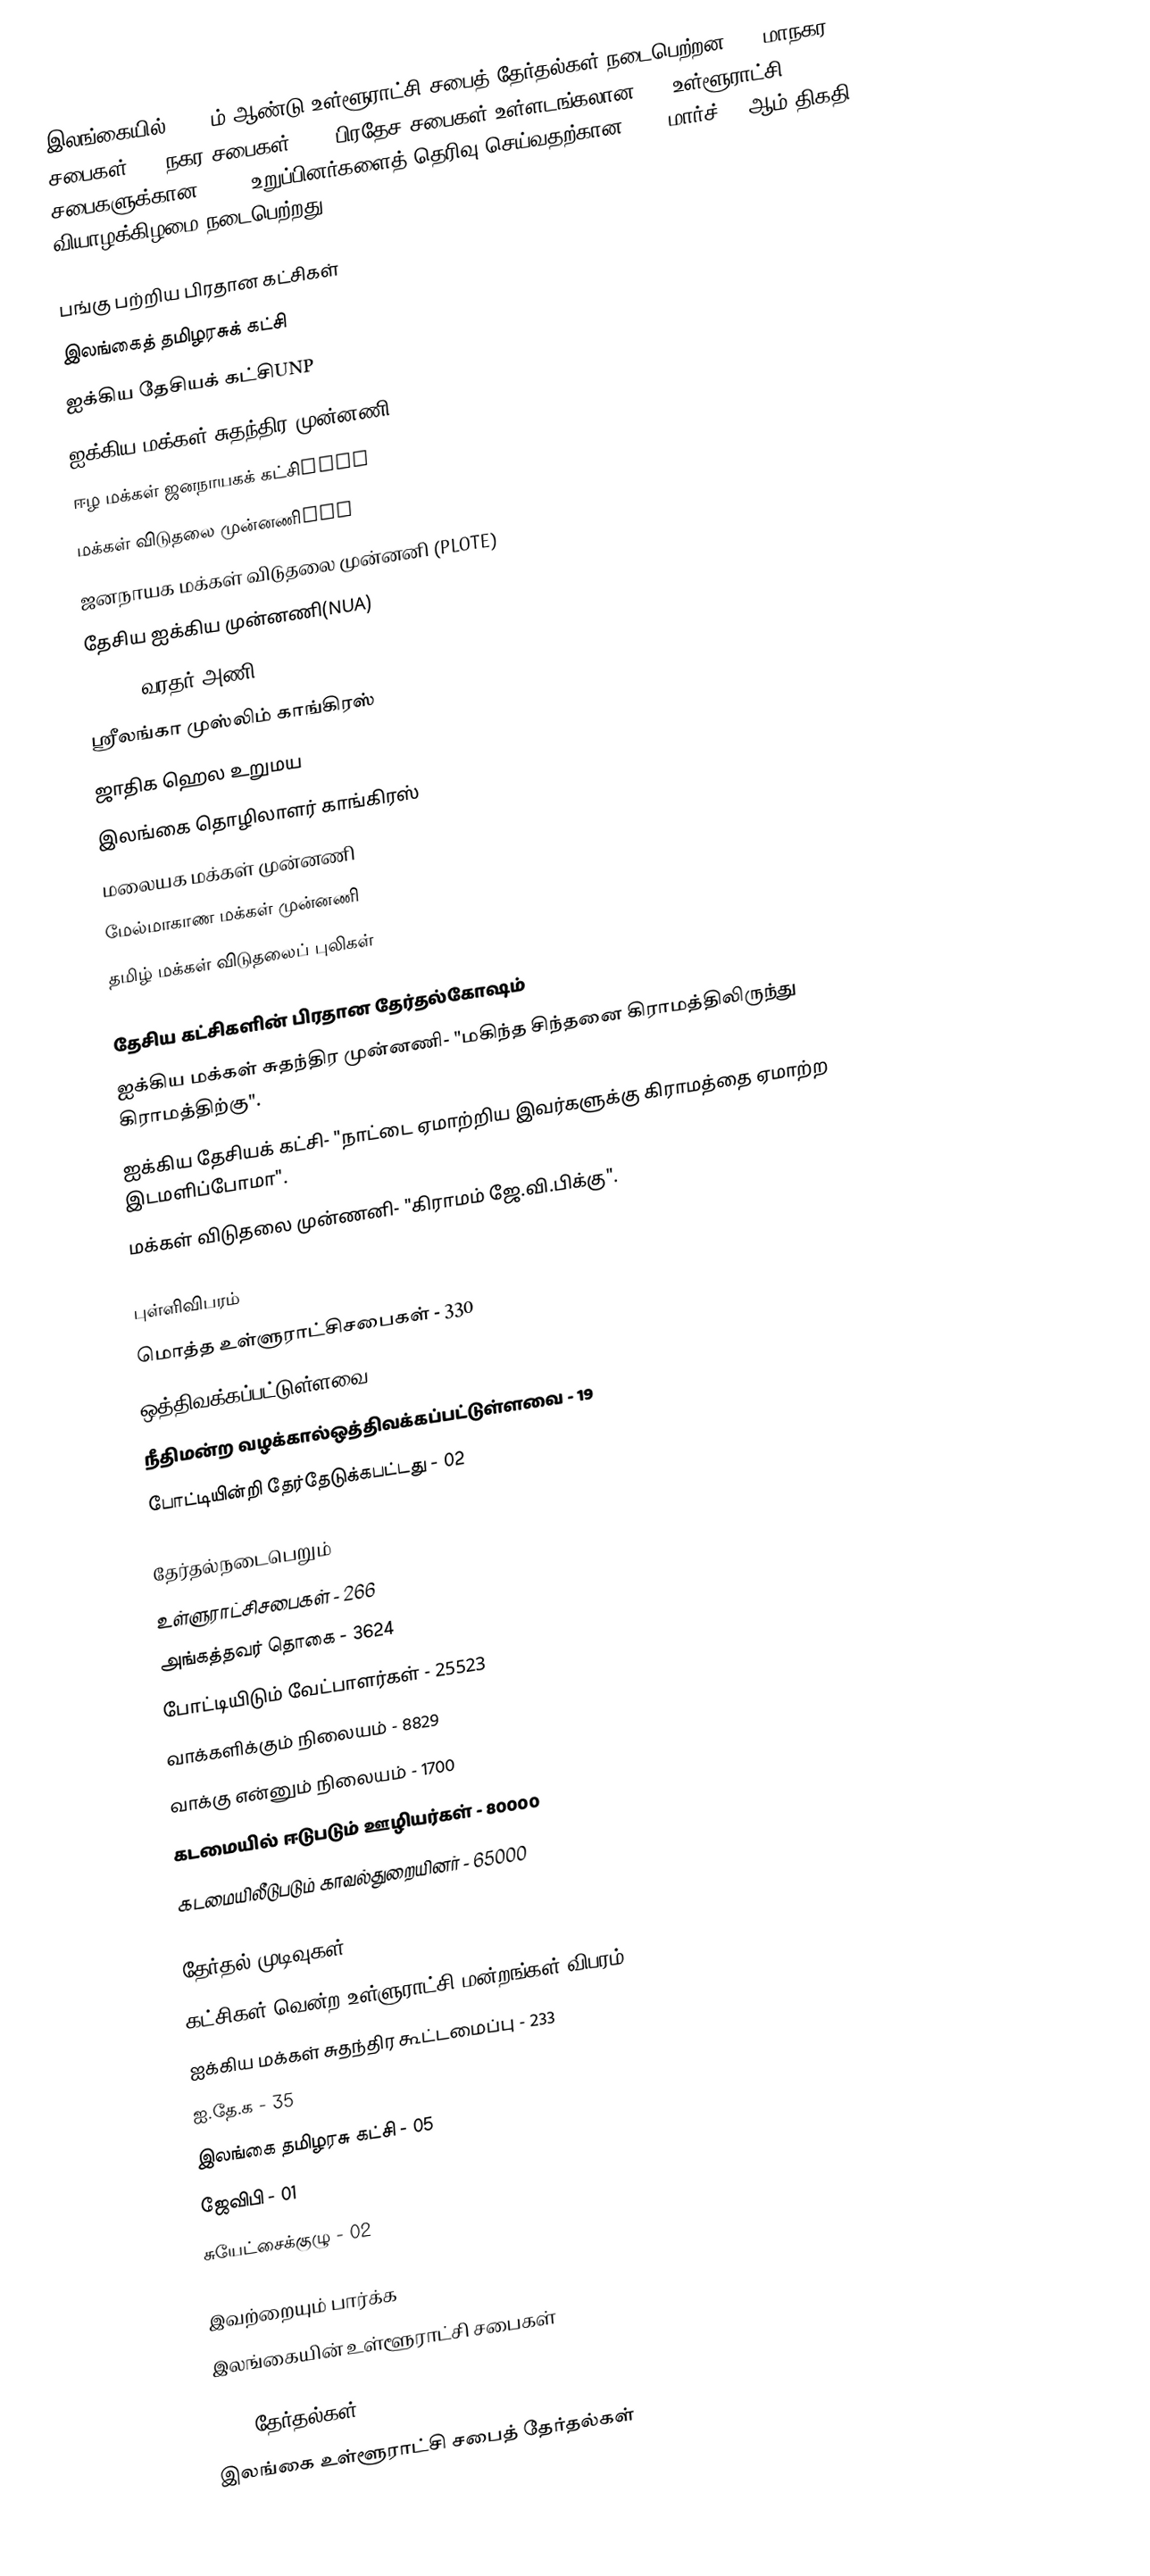
இலங்கையில் 2006 ம் ஆண்டு உள்ளூராட்சி சபைத் தேர்தல்கள் நடைபெற்றன. 18 மாநகர சபைகள், 42 நகர சபைகள், 270 பிரதேச சபைகள் உள்ளடங்கலான 330 உள்ளூராட்சி சபைகளுக்கான 4,442 உறுப்பினர்களைத் தெரிவு செய்வதற்கான 2006 மார்ச் 30 ஆம் திகதி வியாழக்கிழமை நடைபெற்றது.

பங்கு பற்றிய பிரதான கட்சிகள்
இலங்கைத் தமிழரசுக் கட்சி
ஐக்கிய தேசியக் கட்சிUNP
ஐக்கிய மக்கள் சுதந்திர முன்னணி
ஈழ மக்கள் ஜனநாயகக் கட்சிEPDP
மக்கள் விடுதலை முன்னணிJVP
ஜனநாயக மக்கள் விடுதலை முன்னனி (PLOTE)
தேசிய ஐக்கிய முன்னணி(NUA)
EPRLF (வரதர் அணி)
ஸ்ரீலங்கா முஸ்லிம் காங்கிரஸ்
ஜாதிக ஹெல உறுமய
இலங்கை தொழிலாளர் காங்கிரஸ்
மலையக மக்கள் முன்னணி
மேல்மாகாண மக்கள் முன்னணி
தமிழ் மக்கள் விடுதலைப் புலிகள்

தேசிய கட்சிகளின் பிரதான தேர்தல்கோஷம்
ஐக்கிய மக்கள் சுதந்திர முன்னணி- "மகிந்த சிந்தனை கிராமத்திலிருந்து கிராமத்திற்கு".
ஐக்கிய தேசியக் கட்சி- "நாட்டை ஏமாற்றிய இவர்களுக்கு கிராமத்தை ஏமாற்ற இடமளிப்போமா".
மக்கள் விடுதலை முன்ணனி- "கிராமம் ஜே.வி.பிக்கு".

புள்ளிவிபரம்
மொத்த உள்ளுராட்சிசபைகள்		 - 330
ஒத்திவக்கப்பட்டுள்ளவை		       - 43
நீதிமன்ற வழக்கால்ஒத்திவக்கப்பட்டுள்ளவை	 - 19
போட்டியின்றி தேர்தேடுக்கபட்டது		 - 02

தேர்தல்நடைபெறும்
 உள்ளுராட்சிசபைகள்               - 266
அங்கத்தவர் தொகை		     - 3624
போட்டியிடும் வேட்பாளர்கள்	     - 25523
வாக்களிக்கும் நிலையம்	            - 8829
வாக்கு என்னும் நிலையம்	            - 1700
கடமையில் ஈடுபடும் ஊழியர்கள்	     - 80000
கடமையிலீடுபடும் காவல்துறையினர்     - 65000

தேர்தல் முடிவுகள்
கட்சிகள் வென்ற உள்ளுராட்சி மன்றங்கள் விபரம்
 ஐக்கிய மக்கள் சுதந்திர கூட்டமைப்பு   - 233
 ஐ.தே.க			    - 35
 இலங்கை தமிழரசு கட்சி	           - 05
 ஜேவிபி			    - 01
 சுயேட்சைக்குழு		           - 02

இவற்றையும் பார்க்க
 இலங்கையின் உள்ளூராட்சி சபைகள்

2006 தேர்தல்கள்
இலங்கை உள்ளூராட்சி சபைத் தேர்தல்கள்